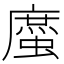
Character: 䗪